Reports on military cantonments and civil stations in the Presidency of Bombay inspected by the Sanitary Commissioner in the years 1875 and 1876
Year: 1875
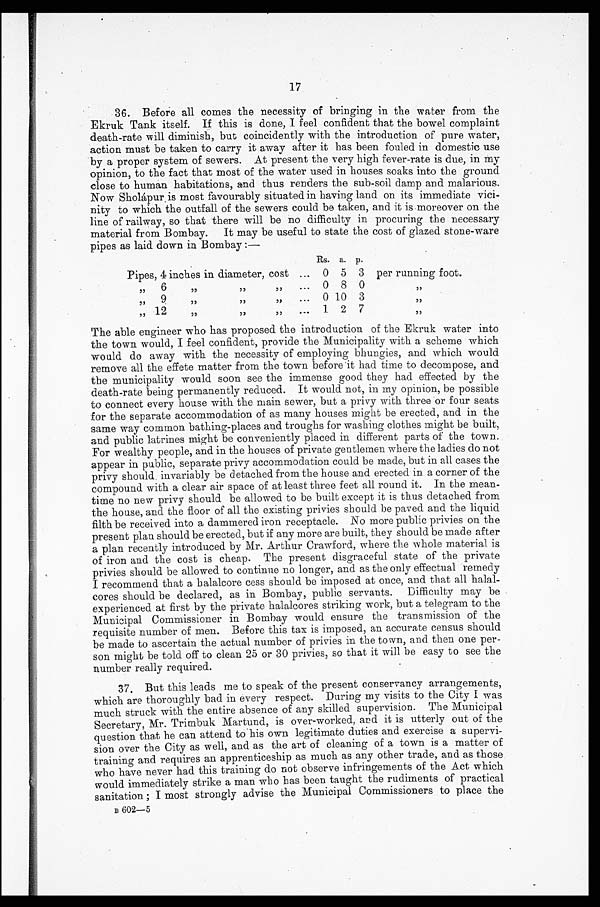
17
36. Before all comes the necessity of bringing in the water from the
Ekruk Tank itself. If this is done, I feel confident that the bowel complaint
death-rate will diminish, but coincidently with the introduction of pure water,
action must be taken to carry it away after it has been fouled in domestic use
by a proper system of sewers. At present the very high fever-rate is due, in my
opinion, to the fact that most of the water used in houses soaks into the ground
close to human habitations, and thus renders the sub-soil damp and malarious.
Now Sholápur is most favourably situated in having laud on its immediate vici
-
nity to which the outfall of the sewers could be taken, and it is moreover on the
line of railway, so that there will be no difficulty in procuring the necessary
material from Bombay. It may be useful to state the cost of glazed stone-ware
p i p e s a s l a i d d o w n i n B o m b a y : —
Rs. a. p.
Pipes, 4 inches in diameter, cost . . . 0 5 3 per running foot.
" 6 " " " . . .
0 8 0
"
" 9 " " " . . .
0 10 3
"
"12 " " " . . .
1 2 7
"
The able engineer who has proposed the introduction of the Ekruk water into
the town would, I feel confident, provide the Municipality with a scheme which
would do away with the necessity of employing bhungies, and which would
remove all the effete matter from the town before it had time to decompose, and
the municipality would soon see the immense good they had effected by the
death-rate being permanently reduced. It would not, in my opinion, be possible
to connect every house with the main sewer, but a privy with three or four seats
for the separate accommodation of as many houses might be erected, and in the
same way common bathing-places and troughs for washing clothes might be built,
and public latrines might be conveniently placed in different parts of the town.
For wealthy people, and in the houses of private gentlemen where the ladies do not
appear in public, separate privy accommodation could be made, but in all cases the
privy should invariably be detached from the house and erected in a corner of the
compound with a clear air space of at least three feet all round it. In the mean
-
time no new privy should be allowed to be built except it is thus detached from
the house, and the floor of all the existing privies should be paved and the liquid
filth be received into a dammered iron receptacle. No more public privies on the
present plan should be erected, but if any more are built, they should be made after
a plan recently introduced by Mr. Arthur Crawford, where the whole material is
of iron and the cost is cheap. The present disgraceful state of the private
privies should be allowed to continue no longer, and as the only effectual remedy
I recommend that a halalcore cess should be imposed at once, and that all halal
-
cores should be declared, as in Bombay, public servants. Difficulty may be
experienced at first by the private halalcores striking work, but a telegram to the
Municipal Commissioner in Bombay would ensure the transmission of the
requisite number of men. Before this tax is imposed, an accurate census should
be made to ascertain the actual number of privies in the town, and then one per
-
son might be told off to clean 25 or 30 privies, so that it will be easy to see the
number really required.
37. But this leads me to speak of the present conservancy arrangements,
which are thoroughly bad in every respect. During my visits to the City I was
much struck with the entire absence of any skilled supervision. The Municipal
Secretary, Mr. Trimbuk Martund, is over-worked, and it is utterly out of the
question that he can attend to his own legitimate duties and exercise a supervi-
sion over the City as well, and as the art of cleaning of a town is a matter of
training and requires an apprenticeship as much as any other trade, and as those
who have never had this training do not observe infringements of the Act which
would immediately strike a man who has been taught the rudiments of practical
s a n i t a t i o n ; I mo s t s t r o n g l y a d v i s e t h e Mu n i c i p a l C o mmi s s i o n e r s t o p l a c e t h e
B 602—5